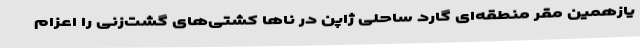
یازهمین مقر منطقه‌ای گارد ساحلی ژاپن در ناها کشتی‌های گشت‌زنی را اعزام